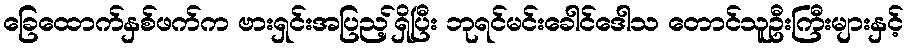
ခြေထောက်နှစ်ဖက်က ဗားရှင်းအပြည့်ရှိပြီး ဘုရင်မင်းခေါင်ဒေါသ တောင်သူဦးကြီးများနှင့်